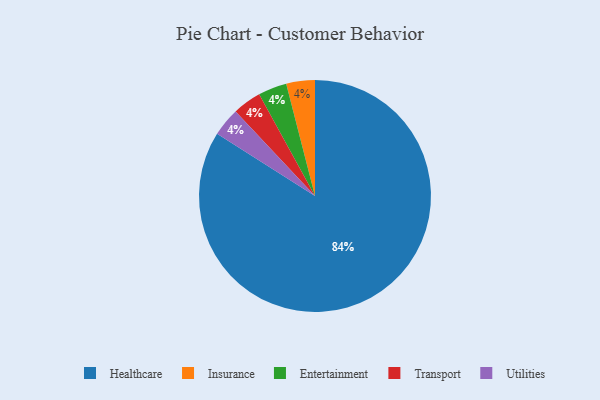
{"axis": {"x": "Category", "y": "Percentage"}, "legend": ["Entertainment", "Healthcare", "Insurance", "Transport", "Utilities"], "data": [{"x": "Healthcare", "y": 84, "type": "Healthcare"}, {"x": "Insurance", "y": 4, "type": "Insurance"}, {"x": "Entertainment", "y": 4, "type": "Entertainment"}, {"x": "Transport", "y": 4, "type": "Transport"}, {"x": "Utilities", "y": 4, "type": "Utilities"}]}